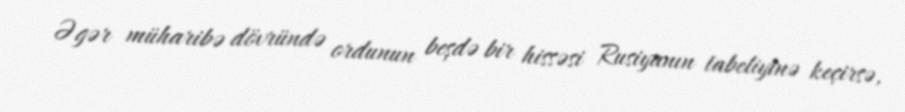
Əgər müharibə dövründə ordunun beşdə bir hissəsi Rusiyanın tabeliyinə keçirsə,